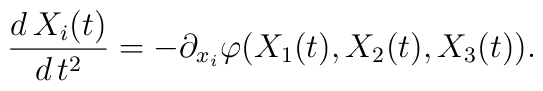
\frac{d\,X_i(t)}{d\,t^2}=-\partial_{x_i}\varphi(X_1(t),X_2(t),X_3(t)).